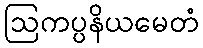
ဩကပ္ပနိယမေတံ